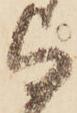
与